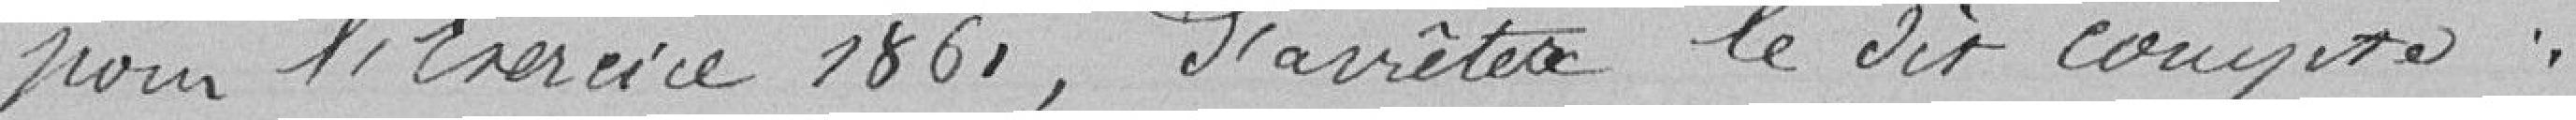
pour l'Exercice 1861, d'arreter le dit compte :